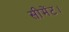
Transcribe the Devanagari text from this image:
सीमेंट।